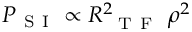
P _ { \mathrm { ~ S ~ I ~ } } \propto R _ { \mathrm { ~ { ~ T ~ F ~ } ~ } } ^ { 2 } \rho ^ { 2 }